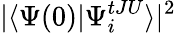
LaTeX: |\langle\Psi(0)|\Psi_{i}^{tJU}\rangle|^{2}